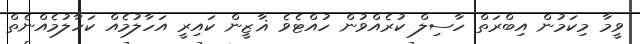
ވީމާ މިކަމުން އިބްރަތް ހާސިލް ކުރެއްވުން ހުއްޓެވެ ޣާޒީން ކައިރީ އަހާލުމެއް ކަހާލުމެއްނެތް